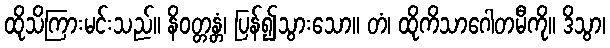
ထိုသိကြားမင်းသည်။ နိဝတ္တန္တံ၊ ပြန်၍သွားသော။ တံ၊ ထိုကိသာဂေါတမီကို။ ဒိသွာ၊